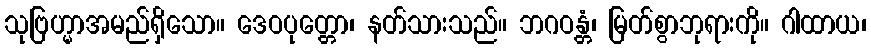
သုဗြဟ္မာအမည်ရှိသော။ ဒေဝပုတ္တော၊ နတ်သားသည်။ ဘဂဝန္တံ၊ မြတ်စွာဘုရားကို။ ဂါထာယ၊